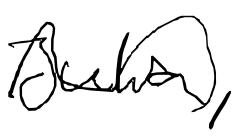
Text: Julia,
Cross-out: wave
Writing tool: digital_black